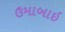
ઉમાબાઇ